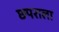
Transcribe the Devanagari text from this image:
छपराला